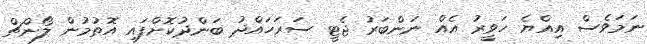
ނަމަވެސް އިއްޔެ ހަވީރު އެއް ނަންބަރު ޖެޓީ ސަރަހައްދު ބަންދުކޮށްފައި އޮތުމުން ލޯންޗް